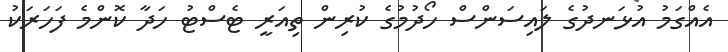
އެއްގަމު އުޅަނދުގެ ލައިސަންސް ހޯދުމުގެ ކުރިން ތިއަރީ ޓެސްޓު ހަދާ ކޮންމެ ފަހަރަކު